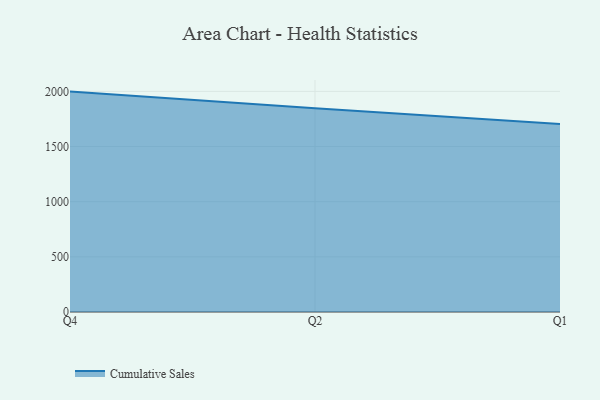
{"axis": {"x": "Quarter", "y": "Market Share (%)"}, "legend": ["Cumulative Sales"], "data": [{"x": "Q4", "y": 1998.2, "type": "Cumulative Sales"}, {"x": "Q2", "y": 1847.2, "type": "Cumulative Sales"}, {"x": "Q1", "y": 1704.8, "type": "Cumulative Sales"}]}